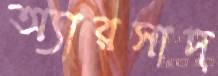
অ্যারসাদ